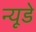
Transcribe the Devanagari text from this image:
न्यूडे